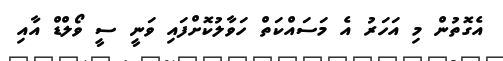
އެގޮތުން މި އަހަރު އެ މަސައްކަތް ހަވާލުކޮށްފައި ވަނީ ސީ ވޯލްޑް އާއި